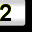
Digit: 2